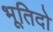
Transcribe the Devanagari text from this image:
भूतिदो